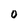
Character: 0